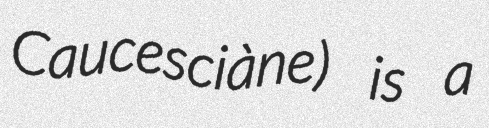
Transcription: Caucesciàne) is a